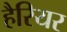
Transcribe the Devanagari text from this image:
हैरियर